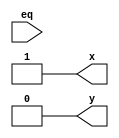
module tester (
    input wire eq,
    output reg x, y
);

  initial begin
    begin
      x = 1;
      y = 1;
      #10
      x=1;
      y=0;
    end
  end

endmodule